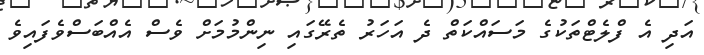
އަދި އެ ފްލެޓްތަކުގެ މަސައްކަތް ދެ އަހަރު ތެރޭގައި ނިންމުމަށް ވެސް އެއްބަސްވެފައިވެ